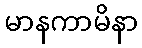
မာနကာမိနာ